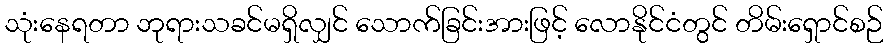
သုံးနေရတာ ဘုရားသခင်မရှိလျှင် သောက်ခြင်းအားဖြင့် လောနိုင်ငံတွင် တိမ်းရှောင်စဉ်